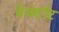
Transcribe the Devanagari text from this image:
बेजहॉट